Indian Medical Review
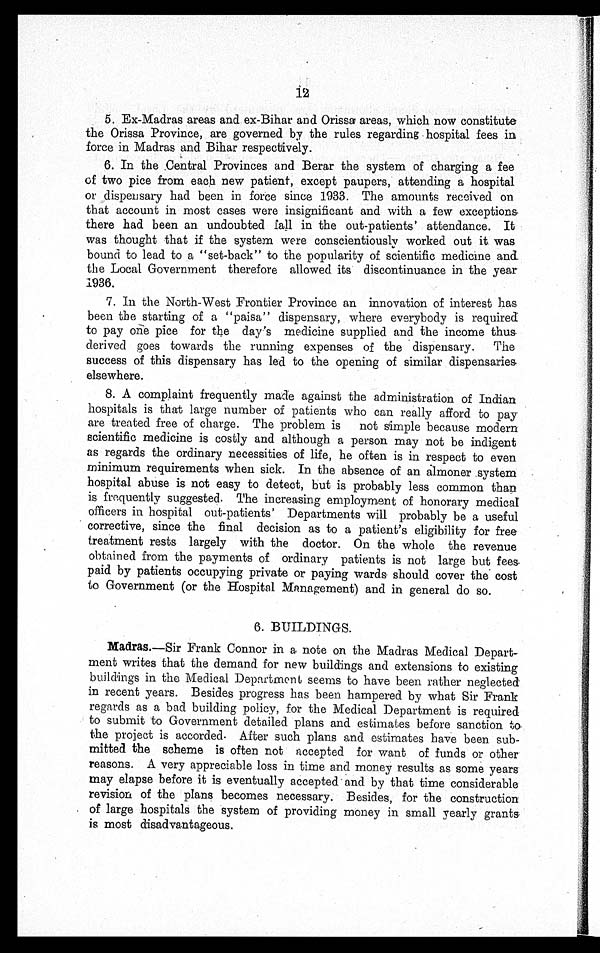
5. Ex-Madras areas and ex-Bihar and Orissa areas, which now constitute
the Orissa Province, are governed by the rules regarding hospital fees in
force in Madras and Bihar respectively.
6. In the Central Provinces and Berar the system of charging a fee
of two pice from each new patient, except paupers, attending a hospital
or dispensary had been in force since 1933. The amounts received on
that account in most cases were insignificant and with a few exceptions
there had been an undoubted fall in the out-patients' attendance. It
was thought that if the system were conscientiously worked out it was
bound to lead to a "set-back" to the popularity of scientific medicine and
the Local Government therefore allowed its discontinuance in the year
1936.
7. In the North-West Frontier Province an innovation of interest has
been the starting of a "paisa" dispensary, where everybody is required
to pay one pice for the day's medicine supplied and the income thus
derived goes towards the running expenses of the dispensary. The
success of this dispensary has led to the opening of similar dispensaries
elsewhere.
8. A complaint frequently made against the administration of Indian
hospitals is that large number of patients who can really afford to pay
are treated free of charge. The problem is not simple because modern
scientific medicine is costly and although a person may not be indigent
as regards the ordinary necessities of life, he often is in respect to even
minimum requirements when sick. In the absence of an almoner .system
hospital abuse is not easy to detect, but is probably less common than
is frequently suggested. The increasing employment of honorary medical
officers in hospital out-patients' Departments will probably be a useful
corrective, since the final decision as to a patient's eligibility for free
treatment rests largely with the doctor. On the whole the revenue
obtained from the payments of ordinary patients is not large but fees
paid by patients occupying private or paying wards should cover the cost
to Government (or the Hospital Management) and in general do so.
6. BUILDINGS.
Madras .—Sir Frank Connor in a note on the Madras Medical Depart-
ment writes that the demand for new buildings and extensions to existing
buildings in the Medical Department seems to have been rather neglected
in recent years. Besides progress has been hampered by what Sir Frank
regards as a bad building policy, for the Medical Department is required
to submit to Government detailed plans and estimates before sanction to
the project is accorded. After such plans and estimates have been sub
- m i t t e d t h e s c h e m e i s o f t e n n o t a c c e p t e d f o r w a n t o f f u n d s o r o t h e r
reasons. A very appreciable loss in time and money results as some years
may elapse before it is eventually accepted and by that time considerable
revision of the plans becomes necessary. Besides, for the construction
of large hospitals the system of providing money in small yearly grants
is most disadvantageous.